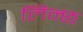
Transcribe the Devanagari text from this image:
लिन्छ